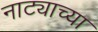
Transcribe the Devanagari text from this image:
नाट्याच्या